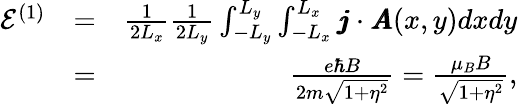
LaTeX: \begin{array}{rlr}{\mathcal{E}^{(1)}}&{=}&{\frac{1}{2L_{x}}\frac{1}{2L_{y}}\int_{-L_{y}}^{L_{y}}\int_{-L_{x}}^{L_{x}}\pmb{j}\cdot\pmb{A}(x,y)dxdy}\\ &{=}&{\frac{e\hbar B}{2m\sqrt{1+\eta^{2}}}=\frac{\mu_{B}B}{\sqrt{1+\eta^{2}}},}\end{array}